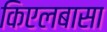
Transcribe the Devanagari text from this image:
किएलबासा